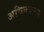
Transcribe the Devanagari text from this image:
अभिनयमय